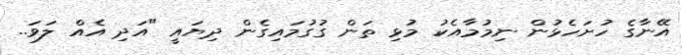
އޭނާގެ ހުށަހެޅުން ނިމުމާއެކު މުޅި ތަން ގުގުމައިގެން ދިޔައީ "އަދި އެއް ލަވަ..